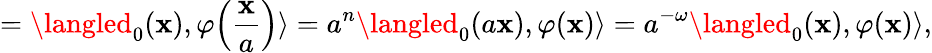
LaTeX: =\langled_{0}(\mathbf{x}),\varphi\Bigl(\frac{{\mathbf{x}}}{{a}}\Bigr)\rangle=a^{n}\langled_{0}(a\mathbf{x}),\varphi(\mathbf{x})\rangle=a^{-\omega}\langled_{0}(\mathbf{x}),\varphi(\mathbf{x})\rangle,